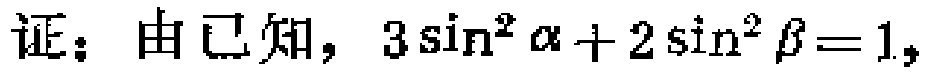
证：由已知，$3\sin^{2}\alpha + 2\sin^{2}\beta = 1$，